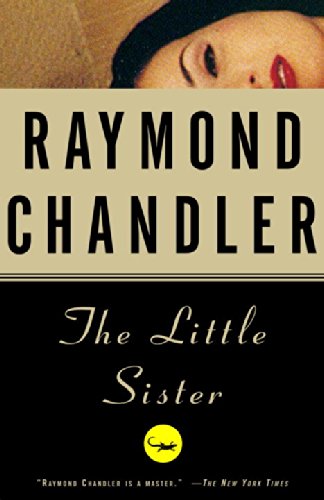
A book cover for The Little Sister; Raymond Chandler; Mystery, Thriller & Suspense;